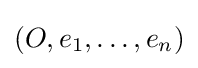
(O,e_{1},\dots ,e_{n})